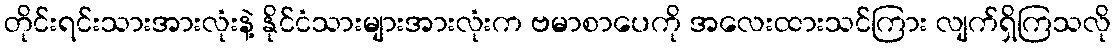
တိုင်းရင်းသားအားလုံးနဲ့ နိုင်ငံသားများအားလုံးက ဗမာစာပေကို အလေးထားသင်ကြား လျက်ရှိကြသလို